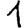
Digit: 1